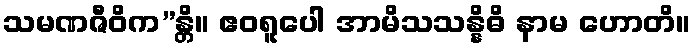
သမဏဇီဝိက”န္တိ။ ဧဝရူပေါ အာမိသသန္နိဓိ နာမ ဟောတိ။